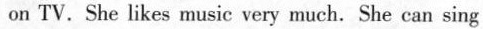
on TV.She likes music very much. She can sing